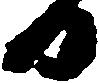
日